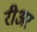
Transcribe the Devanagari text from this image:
रीअर